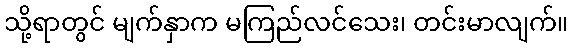
သို့ရာတွင် မျက်နှာက မကြည်လင်သေး၊ တင်းမာလျက်။